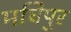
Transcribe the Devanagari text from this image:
मघिपुर